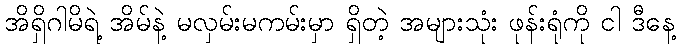
အိရှိဂါမိရဲ့ အိမ်နဲ့ မလှမ်းမကမ်းမှာ ရှိတဲ့ အများသုံး ဖုန်းရုံကို ငါ ဒီနေ့